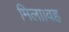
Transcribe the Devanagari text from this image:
मिला।वह